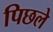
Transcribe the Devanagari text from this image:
पिछले